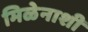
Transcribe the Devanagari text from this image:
मिळेनाशी